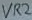
Text: VR2